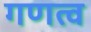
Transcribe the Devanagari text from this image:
गणत्व